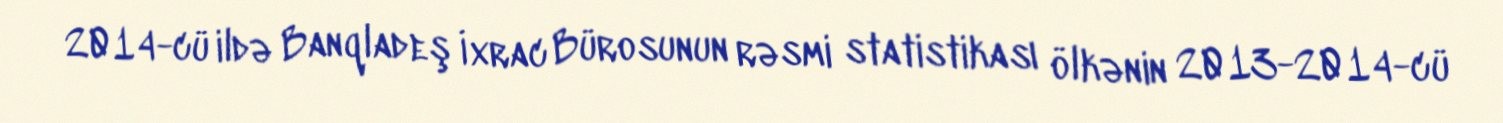
2014-cü ildə Banqladeş İxrac Bürosunun rəsmi statistikası ölkənin 2013-2014-cü